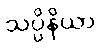
သပ္ပိနိယာ